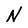
Character: N